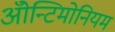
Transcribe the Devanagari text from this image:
ॲोन्टिमोनियम